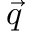
\vec { q }